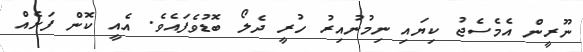
ނޫރީން އެމެސެޖު ކިޔައި ނިމުނުއިރު ހުރީ ދެލޯ ބޮޑުވެފައެވެ. އެއީ ކޮން ފަށެއް